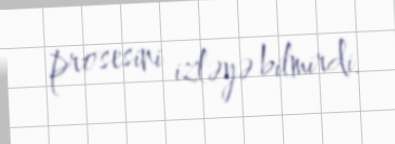
prosesini izləyə bilmirdi.